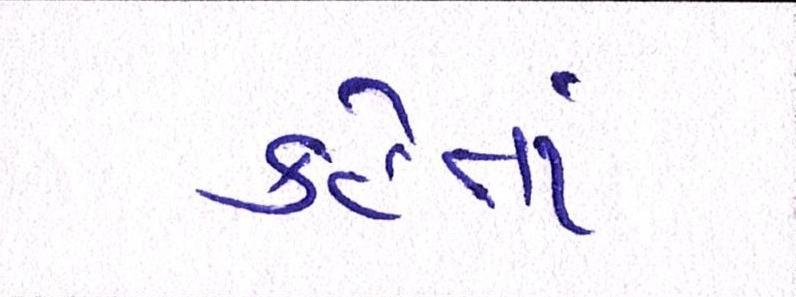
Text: કહેતાં